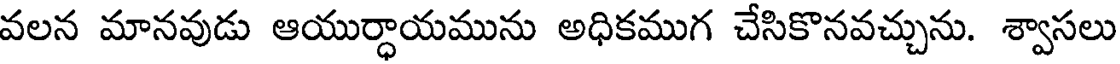
వలన మానవుడు ఆయుర్ధాయమును అధికముగ చేసికొనవచ్చును. శ్వాసలు